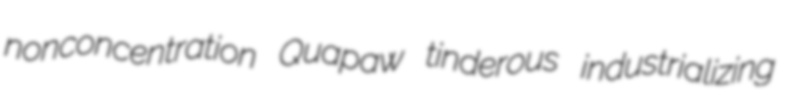
nonconcentration Quapaw tinderous industrializing